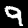
Label: 9